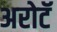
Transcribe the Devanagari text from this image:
अरोटॅ